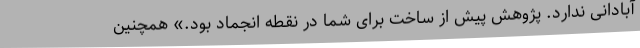
آبادانی ندارد. پژوهش پیش از ساخت برای شما در نقطه انجماد بود.» همچنین